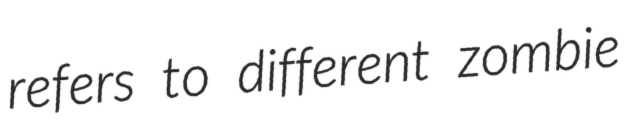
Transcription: refers to different zombie